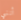
أنني